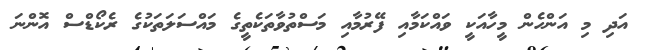
އަދި މި އަންހެން މީހާއަކީ ވައްކަމާއި ފޭރުމާއި މަސްތުވާތަކެތީގެ މައްސަލަތަކުގެ ރެކޯޑްސް އޮންނަ